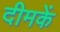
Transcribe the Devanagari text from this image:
दीमकें